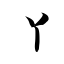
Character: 丫